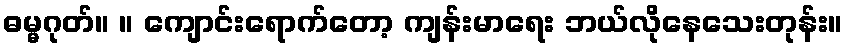
ဓမ္မဂုတ်။ ။ ကျောင်းရောက်တော့ ကျန်းမာရေး ဘယ်လိုနေသေးတုန်း။